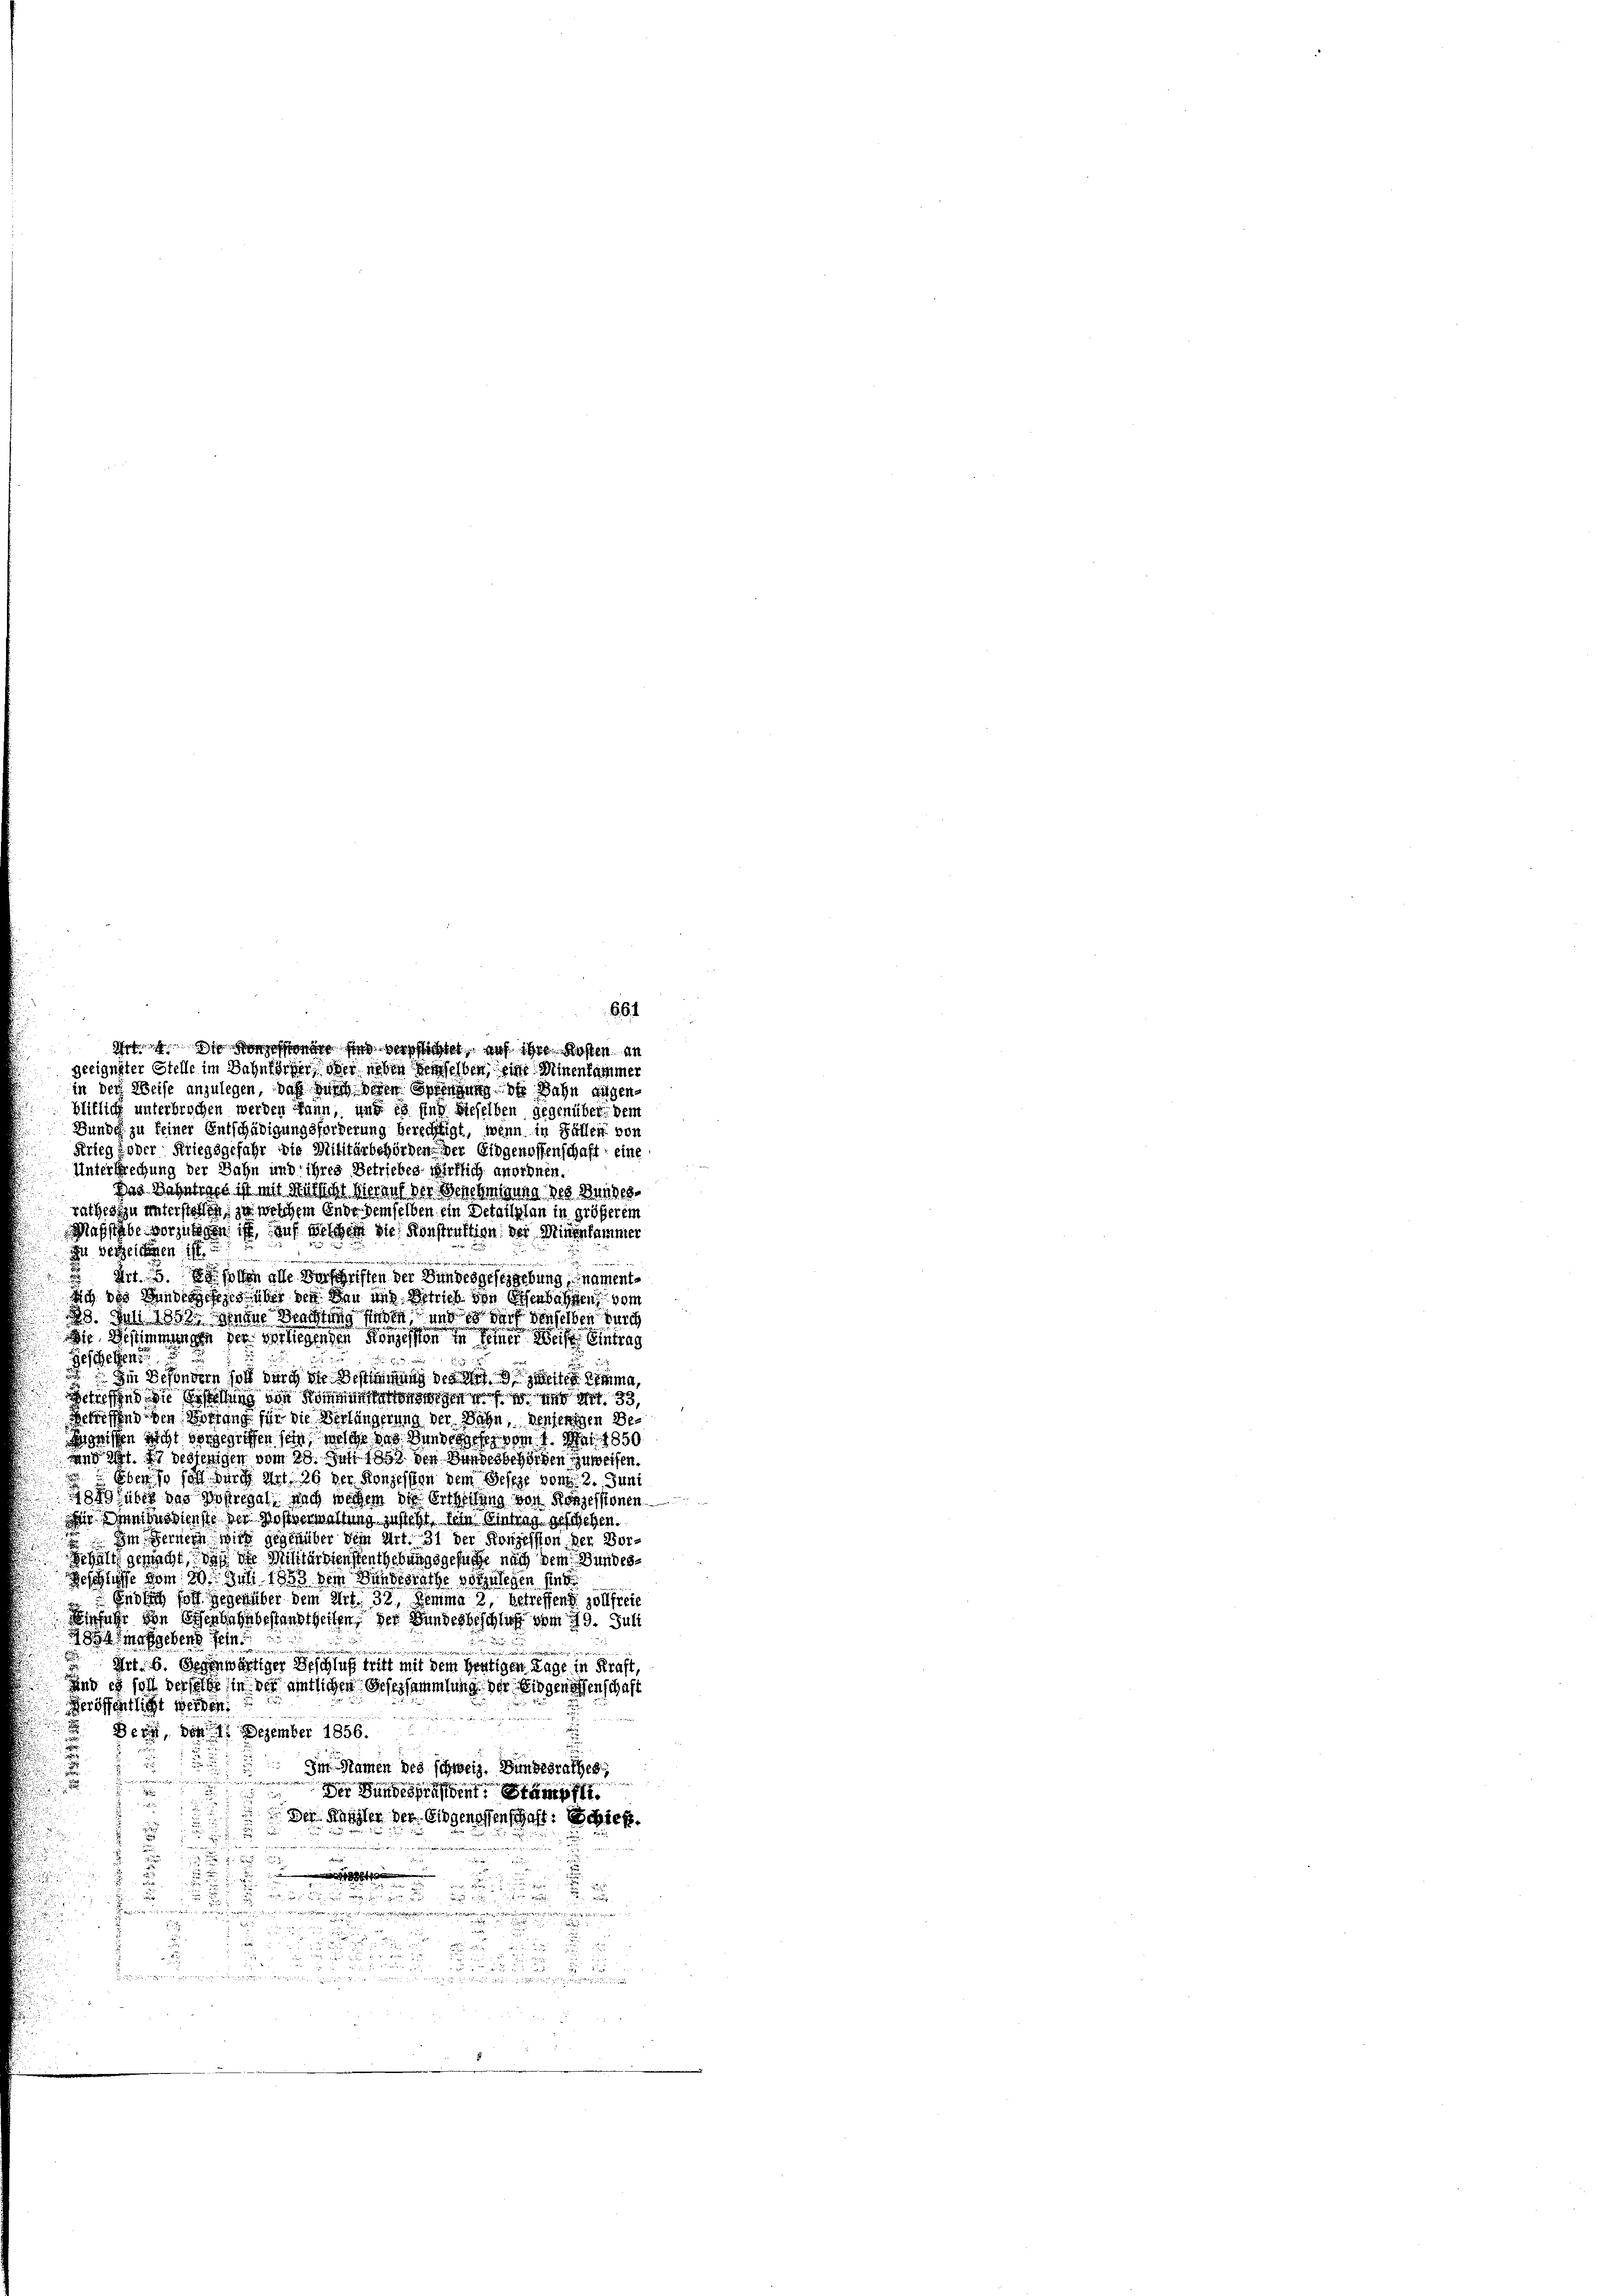
bitliche unterbrochen werden kann, und es sind dieselben gegenüber dem
Bunde zu seiner Entschädigungsforderung berechtigt, wenn in Fällen von
Krieg oder Kriegsgefahr die Militärbehörden der Eidgenossenschaft eine
Unterbrechung der Bahn und ihres Betriebes wirklich anordnen.
Das Bahnbare ist mit grussicht hierauf der Benehmigung des Bundes
rathes zu unterstellen, zu welchem Ende demselben ein Detailplan in größerem
Maßstabe vorzulegen ist, auf welchem die Konstruktion der Minenkammer
 verzeichen ist.
e

zischen alle Vorschriften der Bundesgesetzgebung, namentsich des Bundersehens über den den und Betrieb von effenbahnen vom
20. Juni 1858. Schnen Wachtung sieben, und es warf denselben durch
Die Bestimmungen der verliegenden Segessen seine Weise Eintrag

Geschehen
Die Besondern soll durch die Bestimmung des Mit Zusta
en sind die Bestellung von Sorgen u. s. w. und Art. 33,
Betreffend den Wortung für die Verlängerung der Bahn, denjenigen Be¬
Wosischen sicht vorgesichen sein, welche das Bundesgefer von 4. Mai 1850
anagt. Er desjenigen vom 28. Juni 1892 den Bundesbehörden zuweisen.
Ebenso soll durch Art 26 der Konzession dem Geseze von 2. Juni
egführt das Hofregel, nach wegen die Ertheilung von Konzessionen
Der Ambusdienste der Postverwaltung zu steht. Sein Eintrag geschehen.
 Im Fernern wird gegenüber dem Art. 31 der Konzession den Vor¬
Gehalt gemacht, daß die Militärdienstenthebungsgesuche nach dem Bundes¬
Beschlusse vom 30. Juli 1853 dem Bundesrathe vorzulegen sind
Endlich hoff gegenüber dem Art. 32, Remma 2, betreffend zollfreie
Einführ von Eisenbahnbestandtheiten, der Bundesbeschlich vom 19. Juli
854 maßgebens sein.
e
Art. 6. Gegenwärtiger Beschluß tritt mit dem Hertigen Tage in Kraft,
Und es soll derselbe in der amtlichen Gesersammlung der Eidgenossenschaft
Veröffentlicht werden:
 Bern, den 11 Dezember 1856
2
r
Im Namen des schweiz. Bundesrathes,
.
e
eugen und der
Der Bundespräsent. Stämpf
un
 Der Kanzler der Eidgenossenschaft: Schieß.
.

r. u. ve
i

u
n
u

 xx

.

i
 unenden einen

 der bei den
 u es in Ber

e
i

e
.

d
z
Pas
 nennungen einen angemeinen einen wenn eine wen

Itt fi konzer das Gesicht auf ihre Kosten an
geeigneter Stelle im Bahnförder ober neben demselben, eine Minenkammer
in der Weise anzulegen, daß durch deren Springung der Bahn fügen¬

661